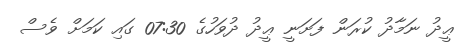
ޢީދު ނަމާދު ކުރަން ފަށަނީ ޢީދު ދުވަހުގެ 07:30 ގައި ކަމަށް ވެސް